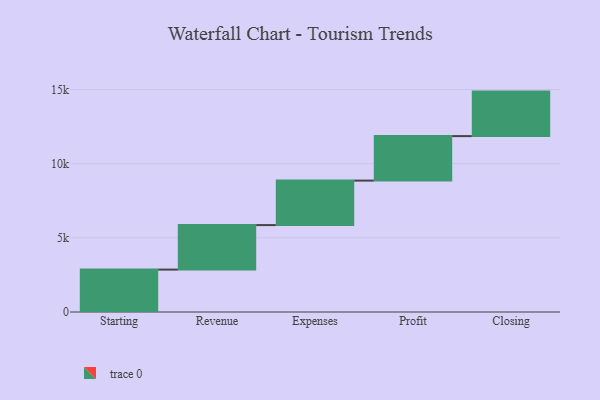
{"axis": {"x": "Step", "y": "Value"}, "legend": [""], "data": [{"x": "Starting", "y": 2859.0, "type": ""}, {"x": "Revenue", "y": 3000, "type": ""}, {"x": "Expenses", "y": 3000, "type": ""}, {"x": "Profit", "y": 3000, "type": ""}, {"x": "Closing", "y": 3000, "type": ""}]}